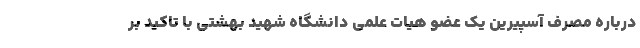
درباره مصرف آسپیرین یک عضو هیات علمی دانشگاه شهید بهشتی با تاکید بر